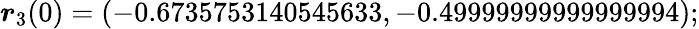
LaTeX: \boldsymbol{r}_{3}(0)=(-0.6735753140545633,-0.49999999999999994);